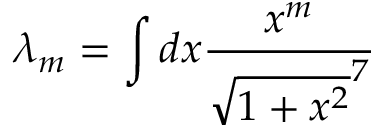
\lambda _ { m } = \int d x \frac { x ^ { m } } { \sqrt { 1 + x ^ { 2 } } ^ { 7 } }